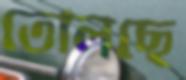
তোলছে